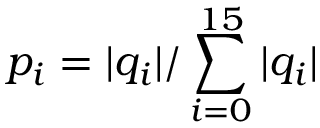
p _ { i } = | q _ { i } | / \sum _ { i = 0 } ^ { 1 5 } | q _ { i } |